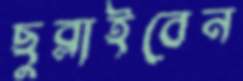
ছুব্‌লাইবেন